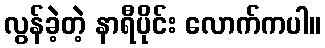
လွန်ခဲ့တဲ့ နာရီပိုင်း လောက်ကပါ။